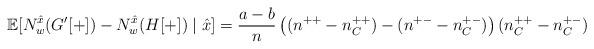
LaTeX: \begin{align*} \mathbb{E}[N_w^{\hat{x}}(G'[+]) - N_w^{\hat{x}}(H[+])\mid \hat{x}] = \frac{a-b}{n} \left((n^{++}-n_C^{++}) - (n^{+-} - n_C^{+-}) \right)(n_C^{++} - n_C^{+-}) \end{align*}